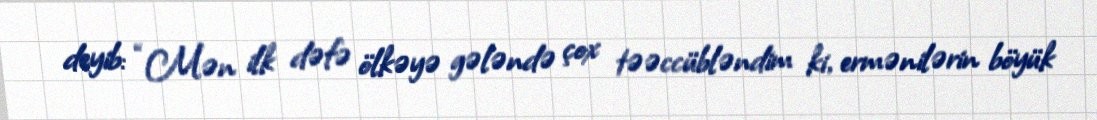
deyib: “Mən ilk dəfə ölkəyə gələndə çox təəccübləndim ki, ermənilərin böyük